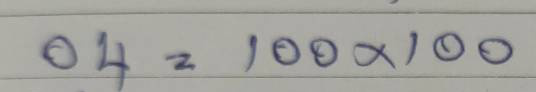
04 =100x100